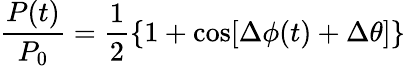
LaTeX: \frac{P(t)}{P_{0}}=\frac{1}{2}\left\{ 1+\cos[\Delta\phi(t)+\Delta\theta]\right\}